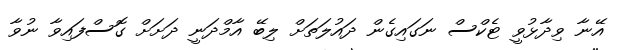
އޭނާ ވިދާޅުވީ ޓެކްސް ނަގައިގެން ދައުލަތަށް ލިބޭ އާމްދަނީ ދަށަށް ގޮސްފައިވާ ނުވާ